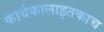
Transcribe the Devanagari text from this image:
कार्यकालाइतकाच